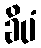
ခိပံ